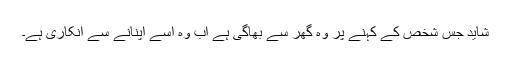
شاید جس شخص کے کہنے پر وہ گھر سے بھاگی ہے اب وہ اسے اپنانے سے انکاری ہے۔